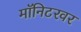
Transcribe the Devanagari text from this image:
मॉनिटरवर